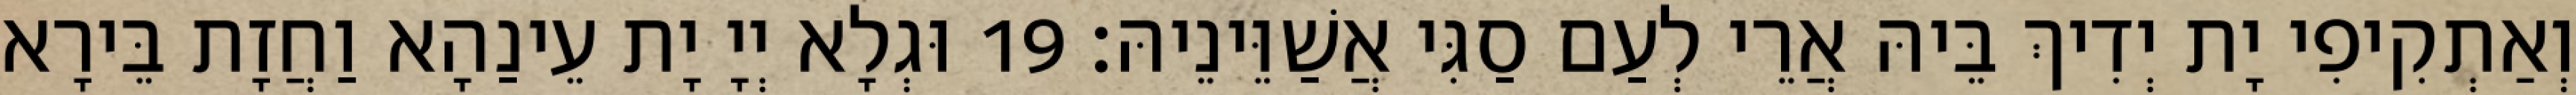
וְאַתְקִיפִי יָת יְדִיךְ בֵּיהּ אֲרֵי לְעַם סַגִּי אֲשַׁוֵּינֵיהּ׃ 19 וּגְלָא יְיָ יָת עֵינַהָא וַחֲזָת בֵּירָא